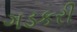
ગડકરી